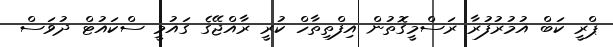
ޕްރީ ކަބް އުމުރުފުރާ ރަސްމީގޮތުން އިފްތިތާހް ކުރީ ރާއްޖޭގެ ގައުމީ ސްކައުޓް ދުވަސް